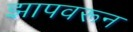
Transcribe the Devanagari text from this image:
झापवरून